Civil Veterinary Department Bihar & Orissa reports 1911-21 - 1911-1921
Year: 1911
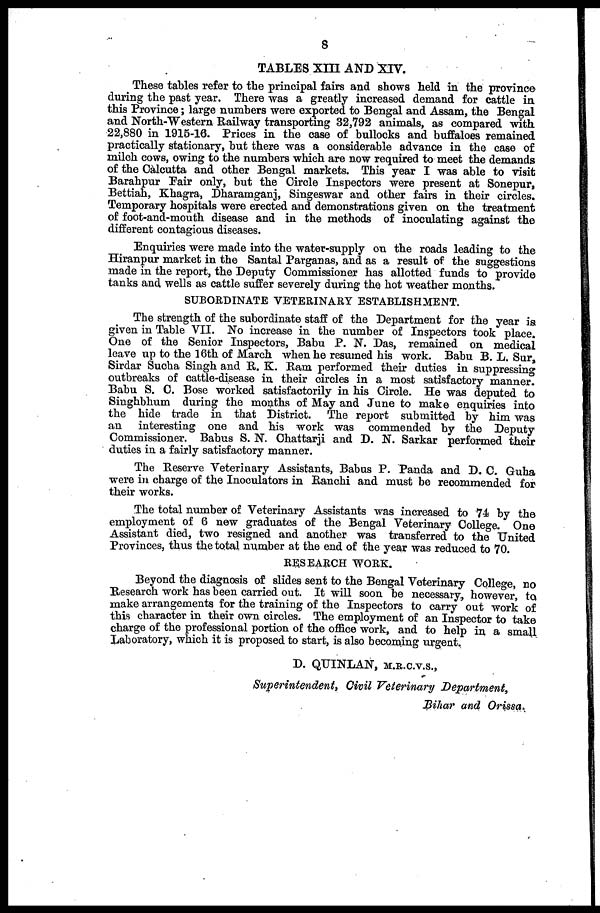
8
TABLES XIII AND XIV.
These tables refer to the principal fairs and shows held in the province
during the past year. There was a greatly increased demand for cattle in
this Province; large numbers were exported to Bengal and Assam, the Bengal
and North-Western Railway transporting 32,792 animals, as compared with
22,880 in 1915-16. Prices in the case of bullocks and buffaloes remained
practically stationary, but there was a considerable advance in the case of
milch cows, owing to the numbers which are now required to meet the demands
of the Calcutta and other Bengal markets. This year I was able to visit
Barahpur Fair only, but the Circle Inspectors were present at Sonepur,
Bettiah, Khagra, Dharamganj, Singeswar and other fairs in their circles.
Temporary hospitals were erected and demonstrations given on the treatment
of foot-and-mouth disease and in the methods of inoculating against the
different contagious diseases.
Enquiries were made into the water-supply on the roads leading to the
Hiranpur market in the Santal Parganas, and as a result of the suggestions
made in the report, the Deputy Commissioner has allotted funds to provide
tanks and wells as cattle suffer severely during the hot weather months.
SUBORDINATE VETERINARY ESTABLISHMENT.
The strength of the subordinate staff of the Department for the year is
given in Table VII. No increase in the number of Inspectors took place.
One of the Senior Inspectors, Babu P. N. Das, remained on medical
leave up to the 16th of March when he resumed his work. Babu B. L. Sur,
Sirdar Sucha Singh and R. K. Ram performed their duties in suppressing
outbreaks of cattle-disease in their circles in a most satisfactory manner.
Babu S. C. Bose worked satisfactorily in his Circle. He was deputed to
Singhbhum during the months of May and June to make enquiries into
the hide trade in that District. The report submitted by him was
an interesting one and his work was commended by the Deputy
Commissioner. Babus S. N. Chattarji and D. N. Sarkar performed their
duties in a fairly satisfactory manner.
The Reserve Veterinary Assistants, Babus P. Panda and D. C. Guha
were in charge of the Inoculators in Ranchi and must be recommended for
their works.
The total number of Veterinary Assistants was increased to 74 by the
employment of 6 new graduates of the Bengal Veterinary College. One
Assistant died, two resigned and another was transferred to the United
Provinces, thus the total number at the end of the year was reduced to 70.
RESEARCH WORK.
Beyond the diagnosis of slides sent to the Bengal Veterinary College, no
Research work has been carried out. It will soon be necessary, however, to
make arrangements for the training of the Inspectors to carry out work of
this character in their own circles. The employment of an Inspector to take
charge of the professional portion of the office work, and to help in a small
Laboratory, which it is proposed to start, is also becoming urgent.
D. QUINLAN, M.R.C.V.S.,
Superintendent, Civil Veterinary Department,
Bihar and Orissa.